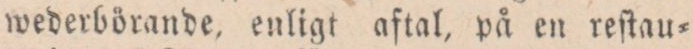
wederbörande, enligt aftal, på en reſtau=